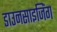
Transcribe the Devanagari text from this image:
डाउनसाइजिंग